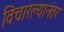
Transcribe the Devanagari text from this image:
विचारल्यानंतर